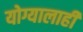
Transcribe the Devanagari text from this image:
योग्यालाही